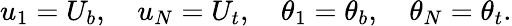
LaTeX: u_{1}=U_{b},\quad u_{N}=U_{t},\quad\theta_{1}=\theta_{b},\quad\theta_{N}=\theta_{t}.